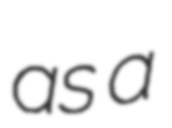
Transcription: as a